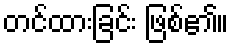
တင်ထားခြင်း ဖြစ်၏။